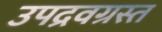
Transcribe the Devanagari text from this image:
उपद्रवग्रस्त